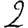
Digit: 2